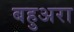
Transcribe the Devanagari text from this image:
बहुअरा